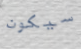
سيكون